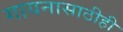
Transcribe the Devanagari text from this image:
गायनासाठीही